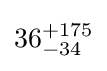
36_{-34}^{+175}